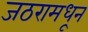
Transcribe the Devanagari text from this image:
जठरामधून